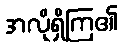
အလိုရှိကြ၏